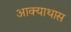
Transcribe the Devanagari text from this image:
आक्याथास